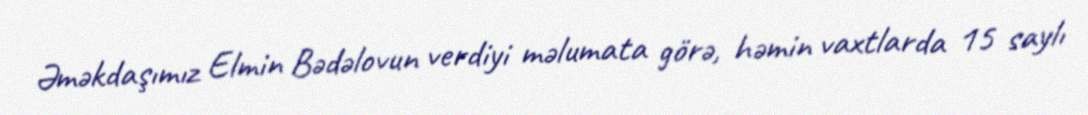
Əməkdaşımız Elmin Bədəlovun verdiyi məlumata görə, həmin vaxtlarda 15 saylı